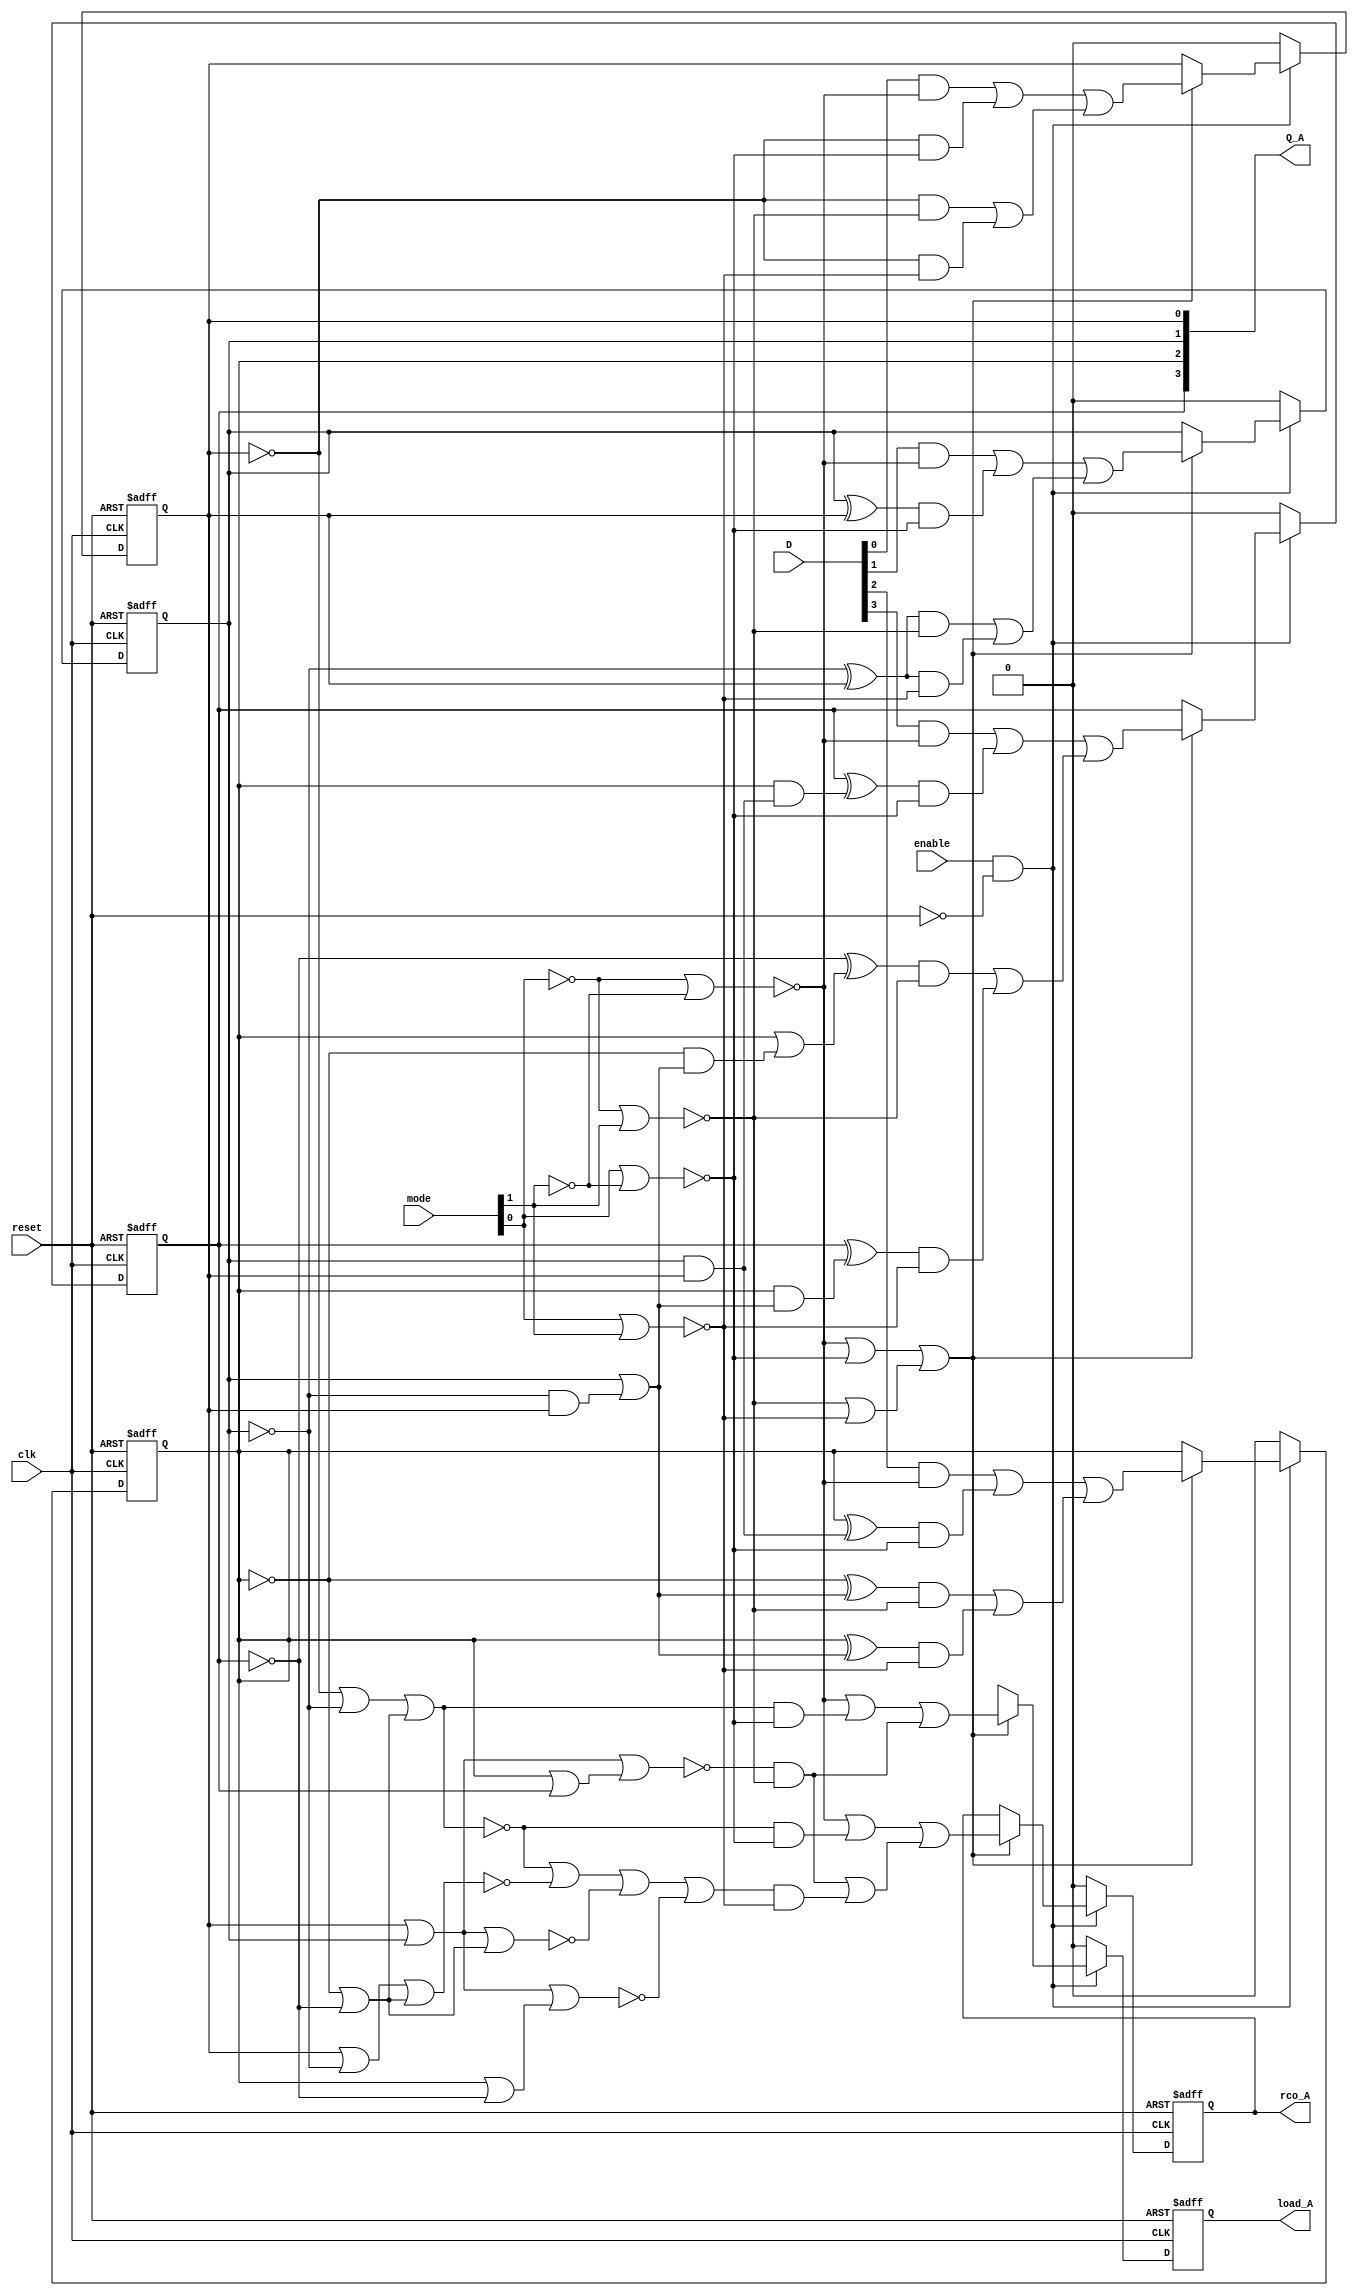
/* Generated by Yosys 0.7 (git sha1 61f6811, gcc 6.2.0-11ubuntu1 -O2 -fdebug-prefix-map=/build/yosys-OIL3SR/yosys-0.7=. -fstack-protector-strong -fPIC -Os) */

module counter_A(enable, clk, reset, mode, D, load_A, rco_A, Q_A);
  wire [3:0] _000_;
  wire _001_;
  wire _002_;
  wire _003_;
  wire _004_;
  wire _005_;
  wire [31:0] _006_;
  wire [31:0] _007_;
  wire [1:0] _008_;
  wire [1:0] _009_;
  wire [1:0] _010_;
  wire [1:0] _011_;
  wire [1:0] _012_;
  wire [1:0] _013_;
  wire [1:0] _014_;
  wire [1:0] _015_;
  wire [1:0] _016_;
  wire [1:0] _017_;
  wire [1:0] _018_;
  wire [1:0] _019_;
  wire _020_;
  wire _021_;
  wire [3:0] _022_;
  wire [1:0] _023_;
  wire _024_;
  wire _025_;
  wire _026_;
  wire _027_;
  wire _028_;
  wire _029_;
  wire _030_;
  wire _031_;
  wire _032_;
  wire _033_;
  wire _034_;
  wire _035_;
  wire _036_;
  wire _037_;
  wire _038_;
  wire _039_;
  wire _040_;
  wire _041_;
  wire [3:0] _042_;
  wire _043_;
  wire [3:0] _044_;
  wire _045_;
  wire _046_;
  wire [15:0] _047_;
  wire [3:0] _048_;
  wire [3:0] _049_;
  wire [31:0] _050_;
  wire [31:0] _051_;
  wire [31:0] _052_;
  wire _053_;
  wire [31:0] _054_;
  wire _055_;
  wire _056_;
  input [3:0] D;
  output [3:0] Q_A;
  reg [3:0] Q_A;
  input clk;
  input enable;
  output load_A;
  reg load_A;
  input [1:0] mode;
  output rco_A;
  reg rco_A;
  input reset;
  assign _008_[0] = Q_A[0] | _022_[1];
  assign _024_ = _008_[0] | _008_[1];
  assign _025_ = _009_[0] | _008_[1];
  assign _010_[1] = Q_A[2] | _022_[3];
  assign _026_ = _009_[0] | _010_[1];
  assign _011_[0] = _006_[0] | _022_[1];
  assign _008_[1] = _022_[2] | _022_[3];
  assign _005_ = _011_[0] | _008_[1];
  assign _027_ = _023_[0] | _023_[1];
  assign _028_ = mode[0] | _023_[1];
  assign _029_ = _023_[0] | mode[1];
  assign _012_[0] = _042_[0] | _042_[1];
  assign _043_ = _012_[0] | _012_[1];
  assign _053_ = _013_[0] | _013_[1];
  assign _014_[0] = _042_[0] | _044_[1];
  assign _014_[1] = _012_[1] | _044_[3];
  assign _045_ = _014_[0] | _014_[1];
  assign _015_[0] = _047_[2] | _047_[6];
  assign _015_[1] = _047_[10] | _047_[14];
  assign _048_[2] = _015_[0] | _015_[1];
  assign _016_[0] = _047_[3] | _047_[7];
  assign _016_[1] = _047_[11] | _047_[15];
  assign _048_[3] = _016_[0] | _016_[1];
  assign _017_[0] = _047_[1] | _047_[5];
  assign _017_[1] = _047_[9] | _047_[13];
  assign _048_[1] = _017_[0] | _017_[1];
  assign _018_[0] = _047_[0] | _047_[4];
  assign _018_[1] = _047_[8] | _047_[12];
  assign _048_[0] = _018_[0] | _018_[1];
  assign _013_[0] = _042_[0] | _039_;
  assign _013_[1] = _040_ | _041_;
  assign _009_[0] = Q_A[0] | Q_A[1];
  assign _019_[1] = Q_A[2] | Q_A[3];
  assign _020_ = _009_[0] | _019_[1];
  assign _021_ = mode[0] | mode[1];
  assign _033_ = ~_024_;
  assign _034_ = ~_025_;
  assign _031_ = ~_026_;
  assign _004_ = ~_020_;
  assign _032_ = ~_005_;
  assign _042_[0] = ~_027_;
  assign _039_ = ~_028_;
  assign _040_ = ~_029_;
  assign _041_ = ~_021_;
  assign _035_ = enable & _030_;
  assign _038_ = _032_ | _033_;
  assign _036_ = _038_ | _034_;
  assign _037_ = _036_ | _031_;
  assign _001_ = _035_ ? _003_ : 1'b0;
  assign _002_ = _035_ ? _046_ : 1'b0;
  assign _000_[0] = _035_ ? _049_[0] : 1'b0;
  assign _000_[1] = _035_ ? _049_[1] : 1'b0;
  assign _000_[2] = _035_ ? _049_[2] : 1'b0;
  assign _000_[3] = _035_ ? _049_[3] : 1'b0;
  assign _003_ = _053_ ? _043_ : 1'bx;
  assign _046_ = _053_ ? _045_ : rco_A;
  assign _049_[0] = _053_ ? _048_[0] : Q_A[0];
  assign _049_[1] = _053_ ? _048_[1] : Q_A[1];
  assign _049_[2] = _053_ ? _048_[2] : Q_A[2];
  assign _049_[3] = _053_ ? _048_[3] : Q_A[3];
  assign _030_ = ~reset;
  always @(posedge clk or posedge reset)
    if (reset)
      Q_A[0] <= 0;
    else
      Q_A[0] <= _000_[0];
  always @(posedge clk or posedge reset)
    if (reset)
      Q_A[1] <= 0;
    else
      Q_A[1] <= _000_[1];
  always @(posedge clk or posedge reset)
    if (reset)
      Q_A[2] <= 0;
    else
      Q_A[2] <= _000_[2];
  always @(posedge clk or posedge reset)
    if (reset)
      Q_A[3] <= 0;
    else
      Q_A[3] <= _000_[3];
  always @(posedge clk or posedge reset)
    if (reset)
      load_A <= 0;
    else
      load_A <= _001_;
  always @(posedge clk or posedge reset)
    if (reset)
      rco_A <= 0;
    else
      rco_A <= _002_;
  assign _051_[2] = Q_A[2] & _051_[1];
  assign _051_[1] = Q_A[1] | _055_;
  assign _055_ = _022_[1] & Q_A[0];
  assign _056_ = _022_[2] & _051_[1];
  assign _054_[2] = Q_A[2] | _056_;
  assign _052_[1] = Q_A[1] & Q_A[0];
  assign _052_[2] = Q_A[2] & _052_[1];
  assign _022_[2] = Q_A[2] ^ 1'b1;
  assign _023_[1] = mode[1] ^ 1'b1;
  assign _023_[0] = mode[0] ^ 1'b1;
  assign _042_[1] = _005_ & _039_;
  assign _044_[3] = _037_ & _041_;
  assign _012_[1] = _004_ & _040_;
  assign _044_[1] = _032_ & _039_;
  assign _047_[12] = _006_[0] & _041_;
  assign _047_[13] = _006_[1] & _041_;
  assign _047_[14] = _006_[2] & _041_;
  assign _047_[15] = _006_[3] & _041_;
  assign _047_[8] = _006_[0] & _040_;
  assign _047_[9] = _006_[1] & _040_;
  assign _047_[10] = _050_[2] & _040_;
  assign _047_[11] = _050_[3] & _040_;
  assign _047_[4] = _006_[0] & _039_;
  assign _047_[5] = _007_[1] & _039_;
  assign _047_[6] = _007_[2] & _039_;
  assign _047_[7] = _007_[3] & _039_;
  assign _047_[0] = D[0] & _042_[0];
  assign _047_[1] = D[1] & _042_[0];
  assign _047_[2] = D[2] & _042_[0];
  assign _047_[3] = D[3] & _042_[0];
  assign _006_[0] = Q_A[0] ^ 1'b1;
  assign _022_[1] = Q_A[1] ^ 1'b1;
  assign _006_[1] = _022_[1] ^ Q_A[0];
  assign _006_[2] = Q_A[2] ^ _051_[1];
  assign _006_[3] = Q_A[3] ^ _051_[2];
  assign _022_[3] = Q_A[3] ^ 1'b1;
  assign _050_[2] = _022_[2] ^ _051_[1];
  assign _050_[3] = _022_[3] ^ _054_[2];
  assign _007_[1] = Q_A[1] ^ Q_A[0];
  assign _007_[2] = Q_A[2] ^ _052_[1];
  assign _007_[3] = Q_A[3] ^ _052_[2];
endmodule